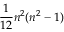
\frac { 1 } { 1 2 } n ^ { 2 } ( n ^ { 2 } - 1 )